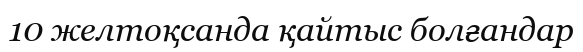
10 желтоқсанда қайтыс болғандар